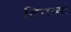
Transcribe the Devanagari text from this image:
टिटव्या